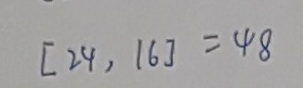
[ 2 4 , 1 6 ] = 4 8